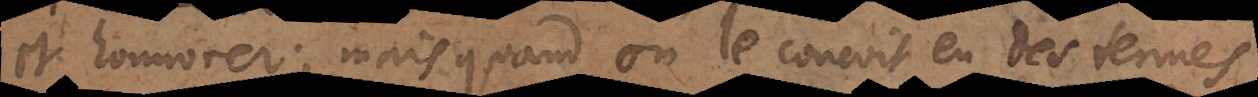
et l’honorer; mais quand on le conçoit en des termes